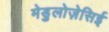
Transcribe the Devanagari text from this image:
मेडुलोज़ेसिई